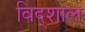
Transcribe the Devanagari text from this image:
विद्शाल